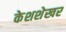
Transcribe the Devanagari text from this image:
केशशेखर